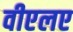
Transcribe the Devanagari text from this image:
वीएलए